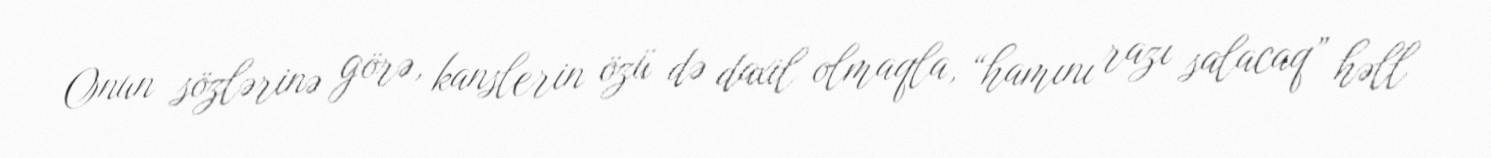
Onun sözlərinə görə, kanslerin özü də daxil olmaqla, “hamını razı salacaq” həll